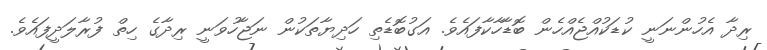
ރިދާ އެހުންނަނީ ކުޑަކުއްޖެއްހެން ބޮޑާހާކާފައެވެ. އަގުބޮޑެތި ހަދިޔާތަކުން ނަޖާހުވަނީ ރިދާގެ ހިތް ފުރާލަދީފައެވެ.